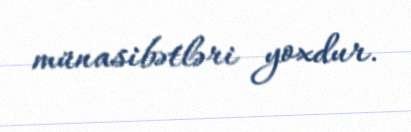
münasibətləri yoxdur.